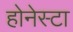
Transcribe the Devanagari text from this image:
होनेस्टा